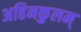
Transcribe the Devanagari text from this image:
अहिनकुलम्